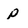
Character: P